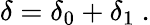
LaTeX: \delta=\delta_{0}+\delta_{1}\ .